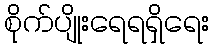
စိုက်ပျိုးရေရရှိရေး